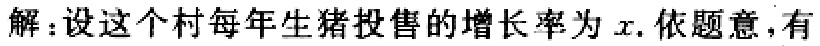
解：设这个村每年生猪投售的增长率为\(x\). 依题意，有